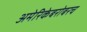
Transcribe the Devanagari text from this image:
अमेरिकेबरोबरच